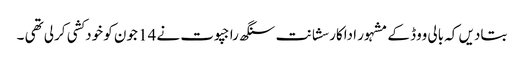
بتادیں کہ بالی ووڈ کے مشہور اداکار سشانت سنگھ راجپوت نے 14 جون کو خودکشی کرلی تھی ۔